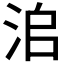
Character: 𣳨